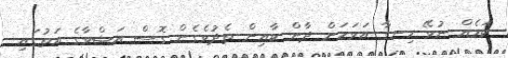
ކަމެއް ނުވޭ ހިނގާ އަވަހަށް ދާން ކާއިން ތެދުވެގެން ގޮސް އަޝްވާގެ އަތުގައި